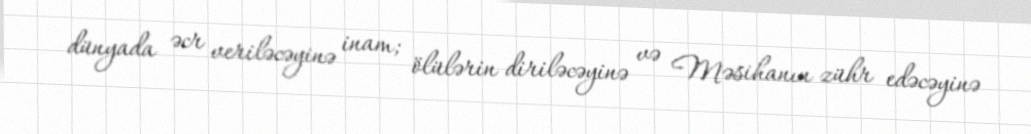
dünyada əcr veriləcəyinə inam; ölülərin diriləcəyinə və Məsihanın zühr edəcəyinə